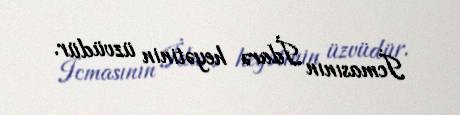
İcmasının İdarə heyətinin üzvüdür.